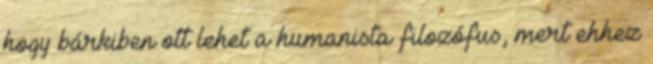
hogy bárkiben ott lehet a humanista filozófus, mert ehhez